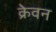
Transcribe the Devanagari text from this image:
क्रेवन